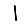
Digit: 1